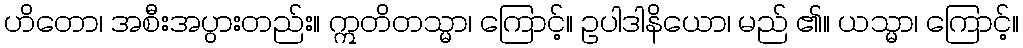
ဟိတော၊ အစီးအပွားတည်း။ ဣတိတသ္မာ၊ ကြောင့်။ ဥပါဒါနိယော၊ မည် ၏။ ယသ္မာ၊ ကြောင့်။